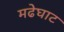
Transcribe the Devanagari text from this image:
मढेघाट